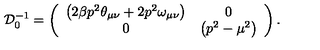
{ \cal D } _ { 0 } ^ { - 1 } = \left( \begin{array} { c c } { \left( 2 \beta p ^ { 2 } \theta _ { \mu \nu } + 2 p ^ { 2 } \omega _ { \mu \nu } \right) } & { 0 } \\ { 0 } & { \left( p ^ { 2 } - \mu ^ { 2 } \right) } \\ \end{array} \right) \mathrm { { . } }